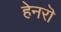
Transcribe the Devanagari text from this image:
हेनरॊ